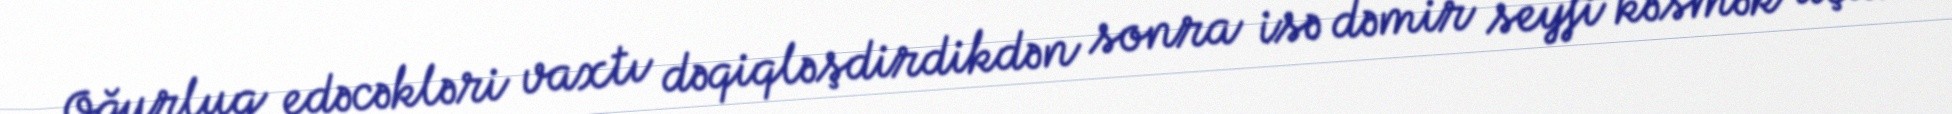
Oğurluq edəcəkləri vaxtı dəqiqləşdirdikdən sonra isə dəmir seyfi kəsmək üçün